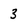
Character: 3